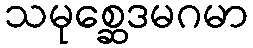
သမုစ္ဆေဒမဂမာ